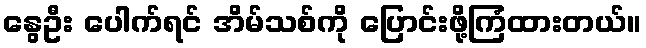
နွေဦး ပေါက်ရင် အိမ်သစ်ကို ပြောင်းဖို့ကြံထားတယ်။